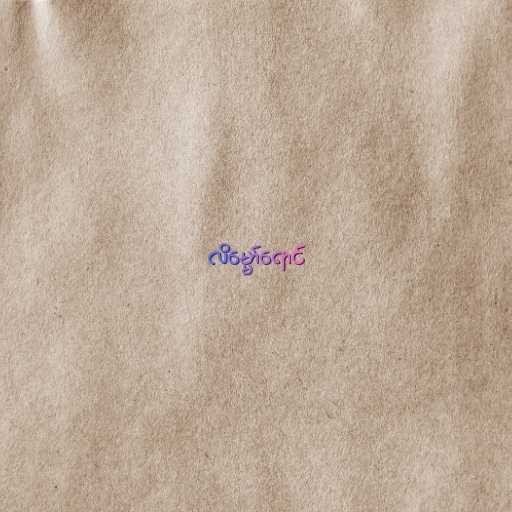
လိမ္မော်ရောင်